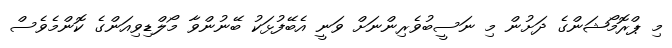
މި ޕްރޮމޯޝަންގެ ދަށުން މި ނަސީބުވެރިންނަށް ވަނީ އެބޭފުޅަކު ބޭނުންވާ މޯލްޑިވިއަންގެ ކޮންމެވެސް